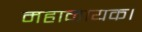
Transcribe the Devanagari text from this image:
महानायक।